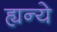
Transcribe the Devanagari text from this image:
ह्यन्ये